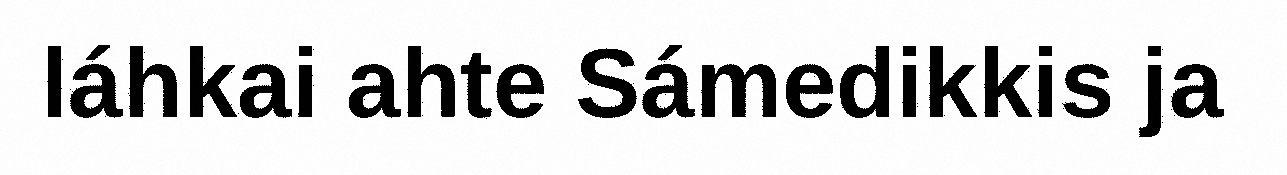
láhkai ahte Sámedikkis ja